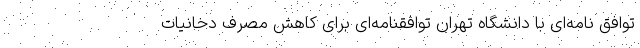
توافق نامه‌ای با دانشگاه تهران توافقنامه‌ای برای کاهش مصرف دخانیات